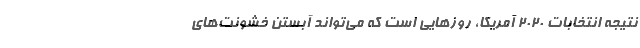
نتیجه انتخابات ۲۰۲۰ آمریکا، روزهایی است که می‌تواند آبستن خشونت‌های